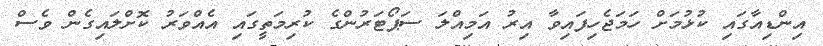
އިންޑިއާގައި ކުޅުމަށް ހަމަޖެހިފައިވާ އިރު އަމިއްލަ ސަޕޯޓަރުންގެ ކުރިމަތީގައި އެއްވަރު ކޮށްލައިގެން ވެސް